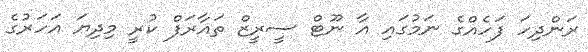
ރަންދިހަ ފަހެއްގެ ނަމުގައި އާ ނޫޓް ސީރީޒް ތައާރަފް ކުރީ މިދިޔަ އަހަރުގެ